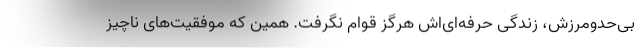
بی‌حدومرزش، زندگی حرفه‌ای‌اش هرگز قوام نگرفت. همین که موفقیت‌های ناچیز